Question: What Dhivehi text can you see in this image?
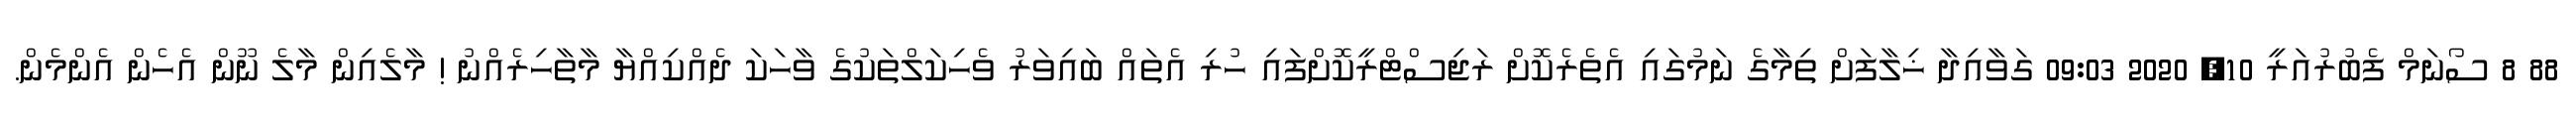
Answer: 88 8 ސޯނަމް ފެބުރުއަރީ 10, 2020 09:03 ގަވާއިދާ ޚިލާފަށް ތިމާގެ ނަމުގައި އެތެރެކޮށް ރަޖިސްޓްރީކޮށްފައި ހުރި އެތައް ބައިވަރު ވެހިކަލްތަކުގެ ވާހަކަ ދެއްކިއްޔާ މާތާހިރެއްނު ! މާލެއިން މާލެ ނޫން އެހެން އެންމެން.